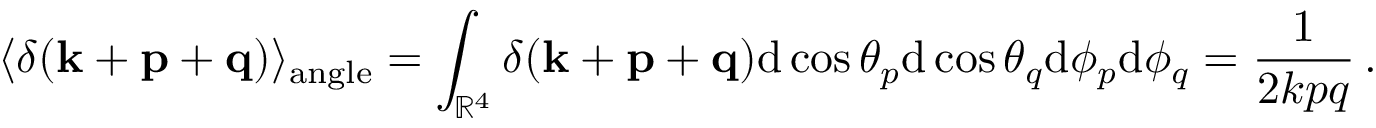
\langle \delta ( { \bf k } + { \bf p } + { \bf q } ) \rangle _ { \mathrm { a n g l e } } = \int _ { { \mathbb { R } } ^ { 4 } } \delta ( { \bf k } + { \bf p } + { \bf q } ) \mathrm { d } \cos \theta _ { p } \mathrm { d } \cos \theta _ { q } \mathrm { d } \phi _ { p } \mathrm { d } \phi _ { q } = \frac { 1 } { 2 k p q } \, .